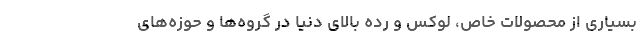
بسیاری از محصولات خاص، لوکس و رده بالای دنیا در گروه‌ها و حوزه‌های